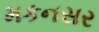
મકનસર